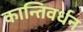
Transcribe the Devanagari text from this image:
कान्तिवर्धन